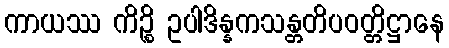
ကာယဿ ကိဉ္စိ ဥပါဒိန္နကသန္တတိပဝတ္တိဋ္ဌာနေ